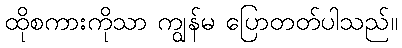
ထိုစကားကိုသာ ကျွန်မ ပြောတတ်ပါသည်။